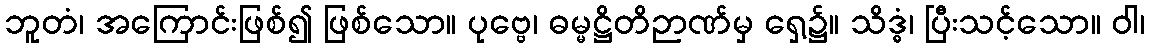
ဘူတံ၊ အကြောင်းဖြစ်၍ ဖြစ်သော။ ပုဗ္ဗေ၊ ဓမ္မဋ္ဌိတိဉာဏ်မှ ရှေ့၌။ သိဒ္ဓံ၊ ပြီးသင့်သော။ ဝါ၊